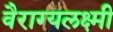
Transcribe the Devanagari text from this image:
वैराग्यलक्ष्मी